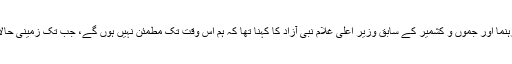
کانگریس کے سینئر رہنما اور جموں و کشمیر کے سابق وزیر اعلیٰ غلام نبی آزاد کا کہنا تھا کہ ہم اس وقت تک مطمئن نہیں ہوں گے، جب تک زمینی حالات بہتر نہیں ہوجاتے۔